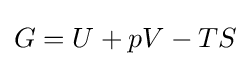
G=U+pV-TS